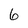
Character: 6